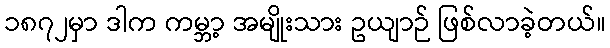
၁၈၇၂မှာ ဒါက ကမ္ဘာ့ အမျိုးသား ဥယျာဉ် ဖြစ်လာခဲ့တယ်။